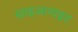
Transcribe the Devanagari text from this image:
साइआनाइट